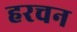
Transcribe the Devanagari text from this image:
हरचन